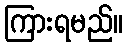
ကြားရမည်။